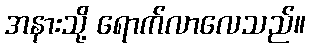
အနားသို့ ရောက်လာလေသည်။